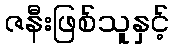
ဇနီးဖြစ်သူနှင့်